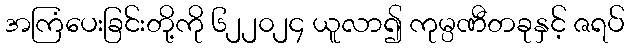
အကြံပေးခြင်းတို့ကို ၆၂၂၀၂၄ ယူလာ၍ ကုမ္ပဏီတခုနှင့် ဇရပ်